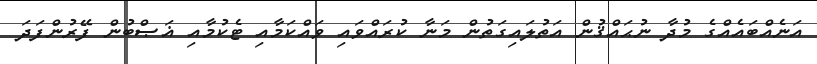
އަނެއްބައެއްގެ މުދާ ނުޙައްޤުން އަތުލައިގަތުން މަނާ ކުރައްވައި ވައްކަމާއި ޓެކުމާއި ޣަޞްބުން ފޭރުންފަދަ